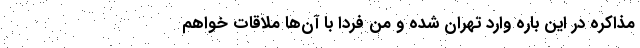
مذاکره در این باره وارد تهران شده و من فردا با آن‌ها ملاقات خواهم